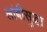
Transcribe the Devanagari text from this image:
लांबीसुद्धा